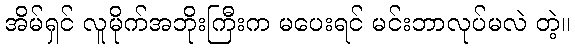
အိမ်ရှင် လူမိုက်အဘိုးကြီးက မပေးရင် မင်းဘာလုပ်မလဲ တဲ့။